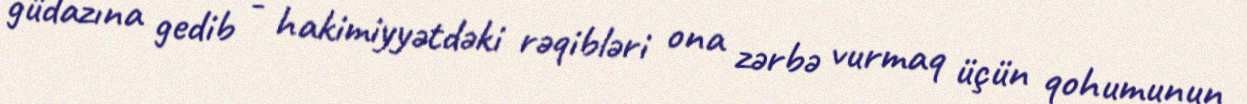
güdazına gedib - hakimiyyətdəki rəqibləri ona zərbə vurmaq üçün qohumunun